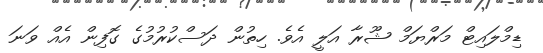
ޑިމްލައިޓް މަރްޔަމް ޝޫރާ އަލީ އެވެ. ހިތުން ދަސްކުރުމުގެ ގޮފިން އެއް ވަނަ